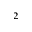
_ 2